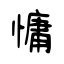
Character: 慵